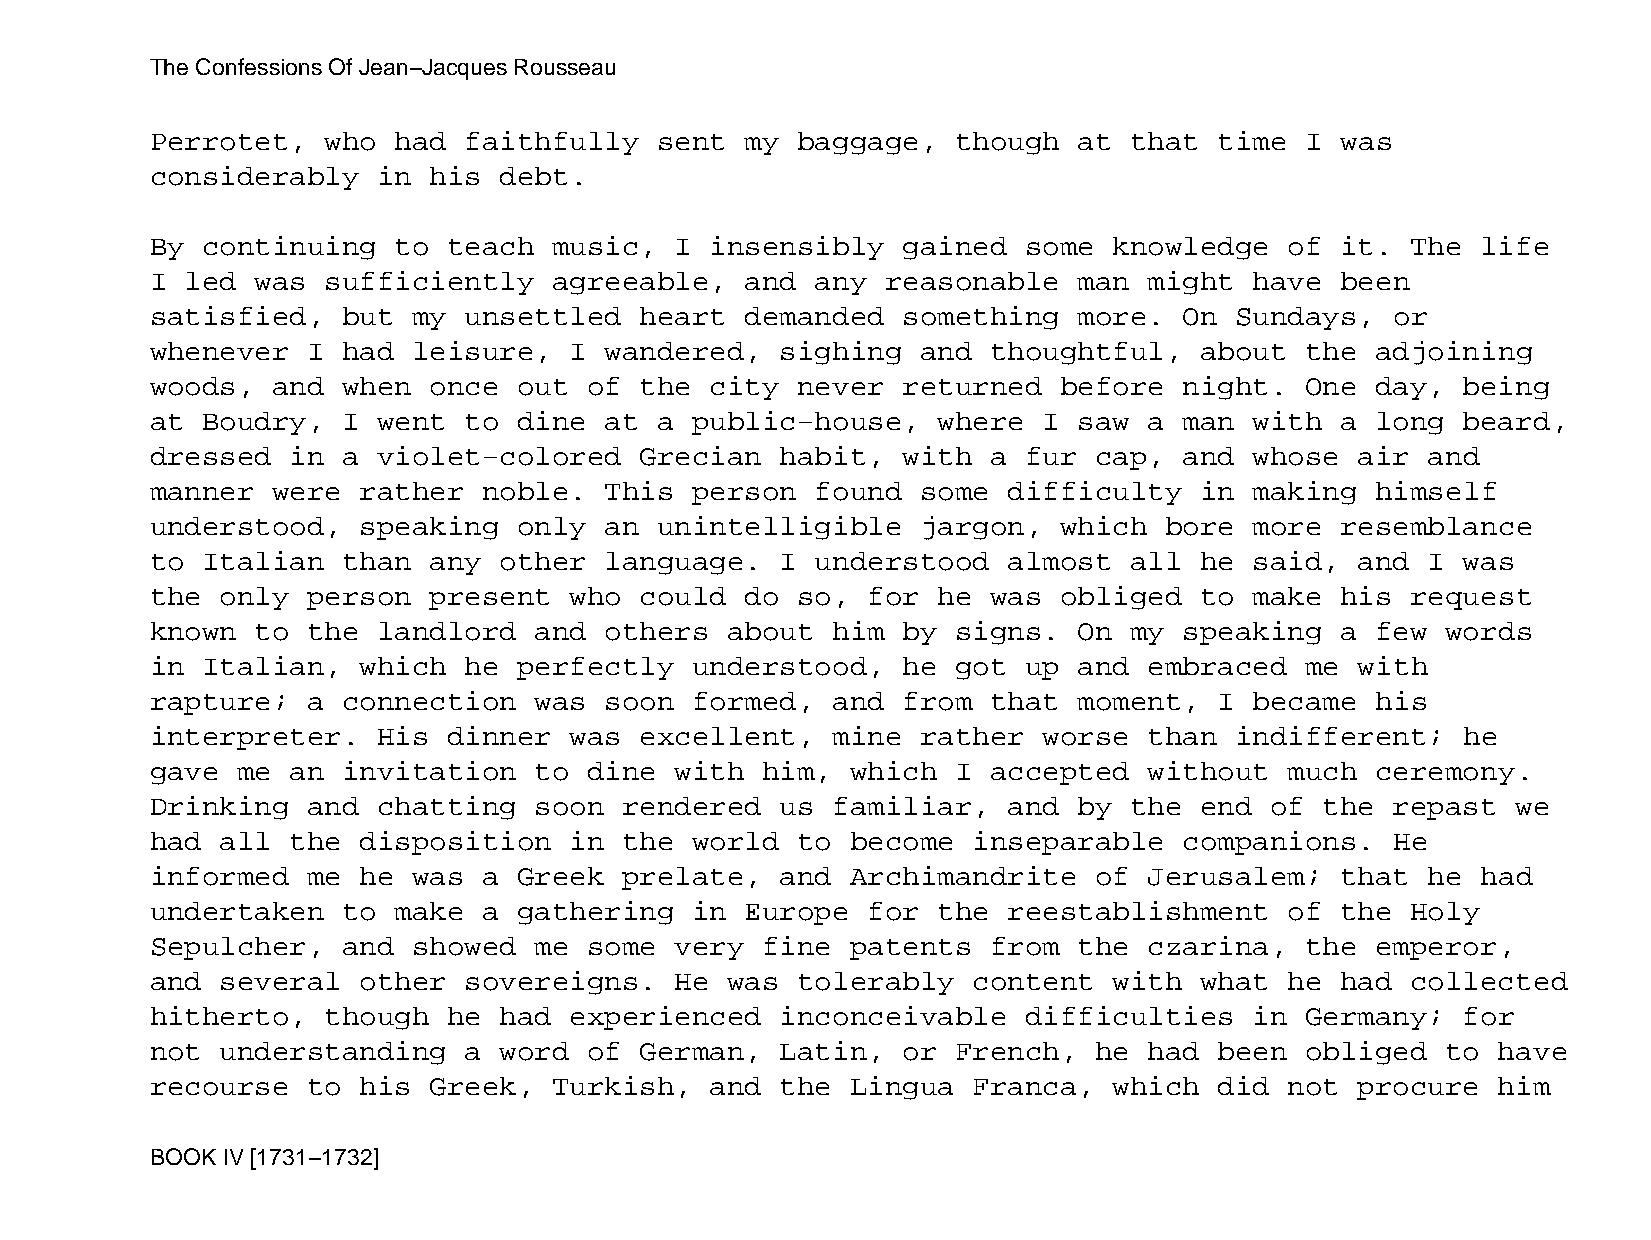
The Confessions Of Jean−Jacques Rousseau
 Perrotet,   who had  faithfully   sent my  baggage,  though  at  that  time I  was
 considerably   in his  debt.
 By continuing   to  teach  music,  I insensibly   gained  some  knowledge  of  it. The  life
 I led  was  sufficiently   agreeable,  and  any  reasonable  man  might  have  been
 satisfied,   but my  unsettled  heart  demanded   something  more.  On  Sundays,  or
 whenever  I  had leisure,   I wandered,   sighing  and  thoughtful,  about  the  adjoining
 woods,  and  when once  out  of the  city  never  returned  before  night.  One  day,  being
 at Boudry,   I went  to dine  at  a public−house,   where  I saw  a man  with  a long  beard,
 dressed  in  a violet−colored   Grecian   habit,  with  a fur cap,  and  whose  air  and
 manner  were  rather  noble.  This  person  found  some  difficulty  in  making  himself
 understood,   speaking  only  an  unintelligible   jargon,  which  bore  more  resemblance
 to Italian   than any  other  language.   I understood   almost  all he  said,  and  I was
 the  only person  present   who could  do  so, for  he  was obliged  to  make  his request
 known  to the  landlord  and  others  about  him  by signs.  On  my speaking   a few  words
 in Italian,   which  he perfectly   understood,   he got  up and  embraced  me  with
 rapture;  a  connection  was  soon  formed,  and  from  that moment,   I became  his
 interpreter.   His  dinner  was excellent,   mine  rather  worse  than  indifferent;   he
 gave  me an  invitation  to  dine  with him,  which  I  accepted  without  much  ceremony.
 Drinking  and  chatting  soon  rendered   us familiar,   and by  the end  of  the repast  we
 had  all the  disposition   in the  world  to become  inseparable   companions.   He
 informed  me  he was  a Greek  prelate,   and Archimandrite   of  Jerusalem;   that  he had
 undertaken   to make  a gathering   in Europe  for  the  reestablishment   of  the Holy
 Sepulcher,   and showed  me  some  very fine  patents   from the  czarina,  the  emperor,
 and  several  other  sovereigns.   He was  tolerably  content   with what  he  had collected
 hitherto,   though  he had  experienced   inconceivable   difficulties   in Germany;   for
 not  understanding   a word  of German,   Latin,  or French,  he  had  been obliged   to have
 recourse  to  his Greek,   Turkish,  and  the Lingua  Franca,   which  did not  procure  him
 BOOK IV [1731−1732]